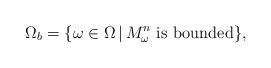
LaTeX: \begin{align*}\Omega_b=\{\omega\in \Omega\,|\, M^n_\omega \textrm{ is bounded}\},\end{align*}